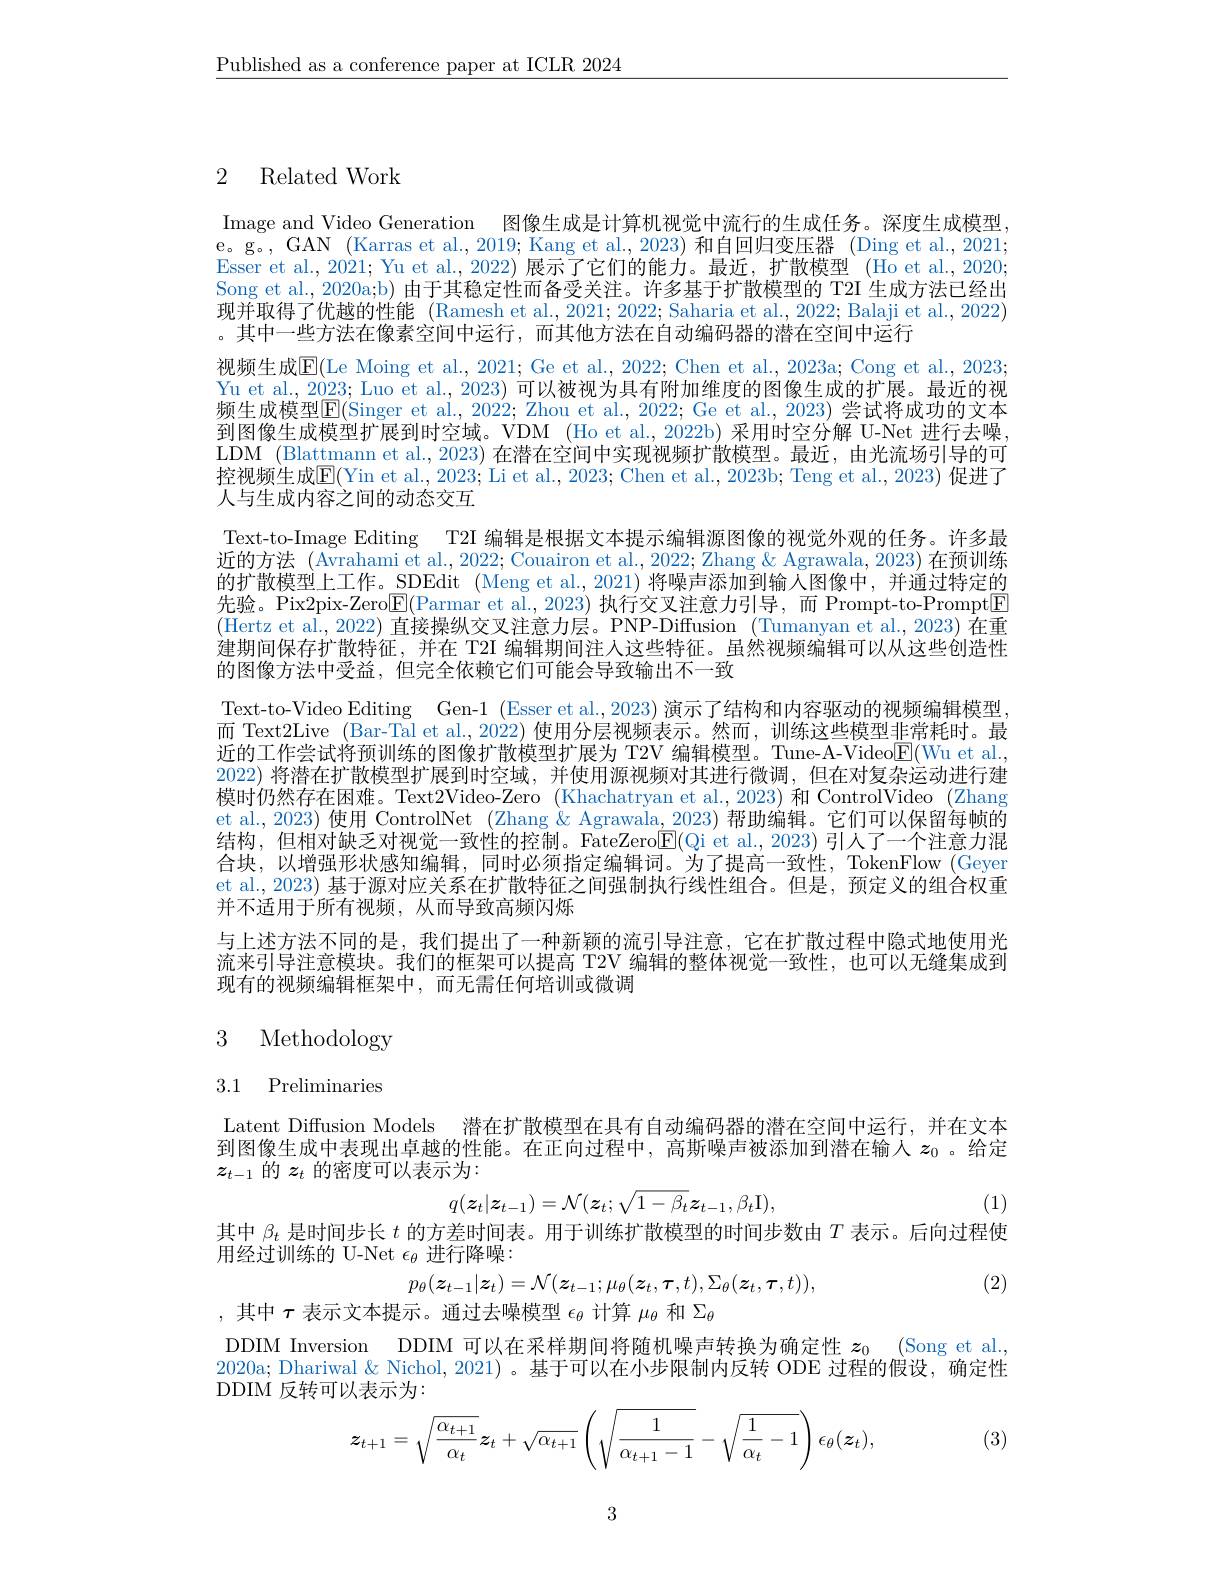
$\underline{\text{Published as a conference paper at ICLR 2024}}$

## 2 Related Work

Image and Video Generation 图像生成是计算机视觉中流行的生成任务。深度生成模型， e。g。, GAN ( Karras et al. , 2019; Kang et al. , 2023) 和自回归变压器(Ding et al., 2021; $\bar{\text{Esser et al.}},2021;$ Yu et al., 2022)展示了它们的能力。最近，扩散模型 (Ho et al., 2020; Song et al., 2020a;b) 由于其稳定性而备受关注。许多基于扩散模型的 T2I 生成方法已经出现并取得了优越的性能 (Ramesh et al.,2021; 2022; Saharia et al., 2022; Balaji et al., 2022) 。其中一些方法在像素空间中运行，而其他方法在自动编码器的潜在空间中运行
视频生成$\overline{\mathrm{E}}($Le Moing et al., 2021; Ge et al., 2022; Chen et al., 2023a; Cong et al., 2023; Yu et al., 2023; Luo et al., 2023) 可以被视为具有附加维度的图像生成的扩展。最近的视频生成模型$\mathsf{E}($Singer et al., 2022; Zhou et al., 2022; Ge et al., 2023) 尝试将成功的文本到图像生成模型扩展到时空域。VDM (Ho et al., 2022b) 采用时空分解 U-Net 进行去噪， LDM (Blattmann et al., 2023) 在潜在空间中实现视频扩散模型。最近，由光流场引导的可控视频生成$\overline{\mathrm{E}}($Yin et al., 2023; Li et al., 2023; Chen et al., 2023b; Teng et al., 2023) 促进了人与生成内容之间的动态交互
Text-to-Image Editing T2I 编辑是根据文本提示编辑源图像的视觉外观的任务。许多最近的方法 (Avrahami et al., 2022; Couairon et al., 2022; Zhang & Agrawala, 2023) 在预训练的扩散模型上工作。SDEdit (Meng et al., 2021) 将噪声添加到输人图像中，并通过特定的先验。Pix2pix-Zero$\boxed{\mathrm{F}}($Parmar et al.,2023)执行交叉注意力引导，而 Prompt-to-Prompt$\boxed{\mathrm{F}}$ $(\tilde{\text{Hertz et al., 2022) 直接操纵交叉注意力层。PNP-Diffusion (Tumanyan et al., 2023) 在重}}$ 建期间保存扩散特征，并在 T2I 编辑期间注人这些特征。虽然视频编辑可以从这些创造性的图像方法中受益，但完全依赖它们可能会导致输出不一致
Text-to-Video Editing Gen-1 (Esser et al., 2023) 演示了结构和内容驱动的视频编辑模型， 而 Text2Live (Bar-Tal et al.,2022) 使用分层视频表示。然而，训练这些模型非常耗时。最近的工作尝试将预训练的图像扩散模型扩展为 T2V 编辑模型。Tune-A-Video$\underline{\mathrm{E}}($Wu et al. 2022) 将潜在扩散模型扩展到时空域，并使用源视频对其进行微调，但在对复杂运动进行建模时仍然存在困难。Text2Video-Zero (Khachatryan et al.,2023) 和 ControlVideo (Zhang et al., 2023) 使用 ControlNet (Zhang & Agrawala, 2023) 帮助编辑。它们可以保留每帧的结构，但相对缺乏对视觉一致性的控制。FateZeroE(Qi et al., 2023) 引人了一个注意力混合块，以增强形状感知编辑，同时必须指定编辑词。为了提高一致性，TokenFlow (Geyer et al., 2023) 基于源对应关系在扩散特征之间强制执行线性组合。但是，预定义的组合权重并不适用于所有视频，从而导致高频闪烁
与上述方法不同的是，我们提出了一种新颖的流引导注意，它在扩散过程中隐式地使用光流来引导注意模块。我们的框架可以提高 T2V 编辑的整体视觉一致性，也可以无缝集成到现有的视频编辑框架中，而无需任何培训或微调

# 3 Methodology

# 3.1 Preliminaries

Latent Diffusion Models 潜在扩散模型在具有自动编码器的潜在空间中运行，并在文本到图像生成中表现出卓越的性能。在正向过程中，高斯噪声被添加到潜在输人$z_0$ 。给定$z_{t-1}$的$z_t$的密度可以表示为：
$$q(\boldsymbol{z}_{t}|\boldsymbol{z}_{t-1})=\mathcal{N}(\boldsymbol{z}_{t};\sqrt{1-\beta_{t}}\boldsymbol{z}_{t-1},\beta_{t}\mathrm{I}),$$
(1)

其中$\beta_t$是时间步长$t$的方差时间表。用于训练扩散模型的时间步数由$T$表示。后向过程使
用经过训练的 U-Net $\epsilon_{\theta}$进行降噪：
$$p_{\theta}(z_{t-1}|z_{t})=\mathcal{N}(z_{t-1};\mu_{\theta}(z_{t},\tau,t),\Sigma_{\theta}(z_{t},\tau,t)),$$
(2)

,其中$\tau$表示文本提示。通过去噪模型$\epsilon_\mathrm{\theta}$计算$\mu_\mathrm{\theta}$和$\Sigma_\mathrm{\theta}$
DDIM Inversion DDIM 可以在采样期间将随机噪声转换为确定性$z_0$ (Song et al. 2020a; Dhariwal & Nichol, 2021) 。基于可以在小步限制内反转 ODE 过程的假设，确定性DDIM 反转可以表示为：
$$z_{t+1}=\sqrt{\frac{\alpha_{t+1}}{\alpha_{t}}}z_{t}+\sqrt{\alpha_{t+1}}\left(\sqrt{\frac{1}{\alpha_{t+1}-1}}-\sqrt{\frac{1}{\alpha_{t}}-1}\right)\epsilon_{\theta}(z_{t}),$$
(3)

3